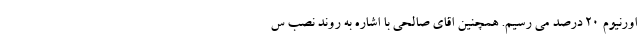
اورنیوم ۲۰ درصد می رسیم. همچنین اقای صالحی با اشاره به روند نصب س